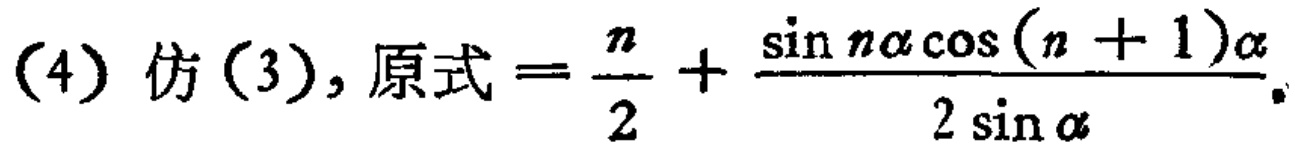
(4) 仿 (3), 原式$=\frac{n}{2}+\frac{\sin n\alpha\cos(n + 1)\alpha}{2\sin\alpha}.$